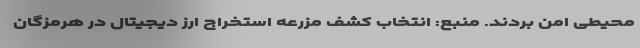
محیطی امن بردند. منبع: انتخاب کشف مزرعه استخراج ارز دیجیتال در هرمزگان